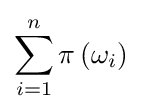
\sum _{i=1}^{n}\pi \left(\omega _{i}\right)